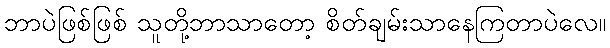
ဘာပဲဖြစ်ဖြစ် သူတို့ဘာသာတော့ စိတ်ချမ်းသာနေကြတာပဲလေ။